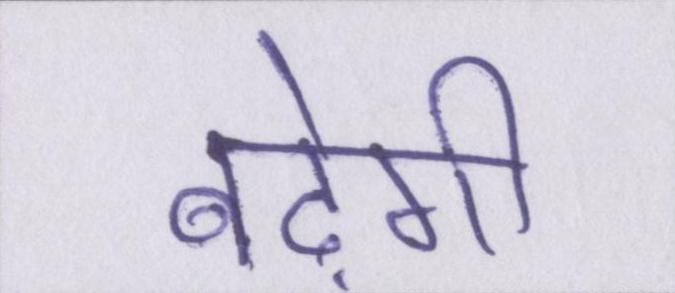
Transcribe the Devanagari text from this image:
बढ़ेगी